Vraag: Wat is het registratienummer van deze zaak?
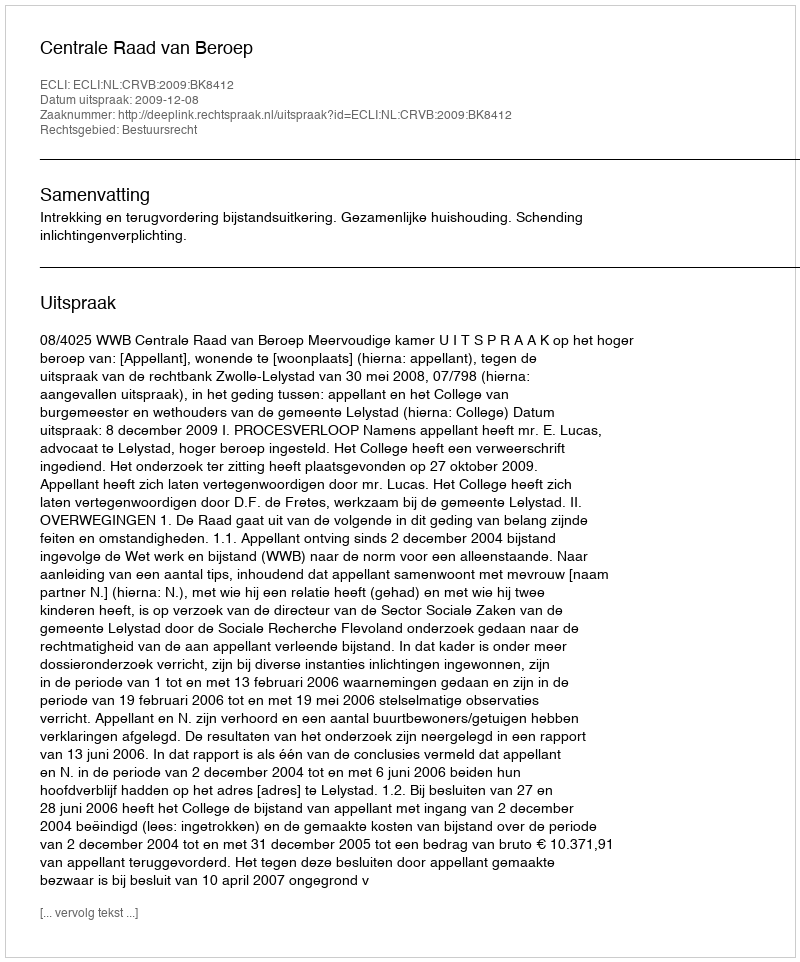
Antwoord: http://deeplink.rechtspraak.nl/uitspraak?id=ECLI:NL:CRVB:2009:BK8412